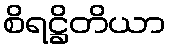
စိရဋ္ဌိတိယာ